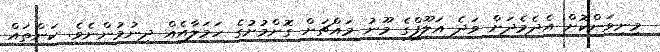
މިނިވަންކޮށް އެދެމެދަށް ވަދެ އަލޫފްގެ މޫނު މައްޗަށް ގޮށްމުށުގެ ހަމަލާއެއް ދިނުމުންނެވެ. ކަންތައް